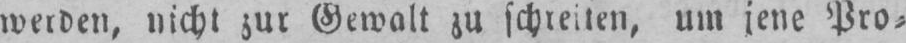
werden, nicht zur Gewalt zu schreiten, um jene Pro⸗